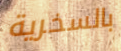
بالسخرية